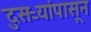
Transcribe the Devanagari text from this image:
दुसऱ्यांपासून